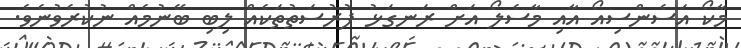
މާކޯ އަސެންސިއޯ އާއި މާސެލޯ އަށް ރަނގަޅު ފުރުސަތުތަކެއް ލިބި ބޭނުމެއް ނުކުރެވުނެވެ.